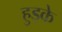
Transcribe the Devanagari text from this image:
हुड़के